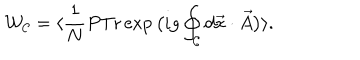
LaTeX: { \cal W } _ { { \cal C } } = \langle \frac { 1 } { N } P \mathrm { T r } \exp \big ( i g \oint _ { { \cal C } } d \vec { x } \cdot \vec { A } \big ) \rangle .